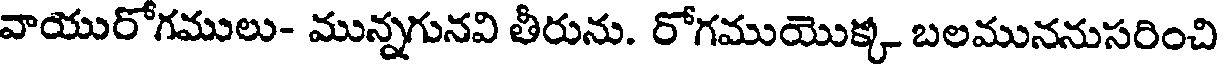
వాయురోగములు- మున్నగునవి తీరును. రోగముయొక్క బలముననుసరించి